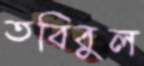
তবিবুল